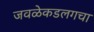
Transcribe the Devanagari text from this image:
जवळेकडलगचा